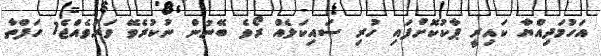
އަހުމަދިއްޔާ ކައިރީ ޕާކުކޮށްފައި ހުރި ސައިކަލެއް ރޯވެ ބޭނުން ނުކުރެވޭ ވަރުވެއްޖެ1 ހަފްތާ